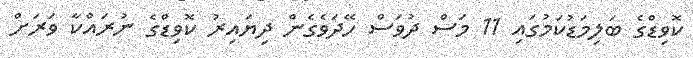
ކޮވިޑްގެ ބަލިމަޑުކަމުގައި 11 މަސް ދުވަސް ހޭދަވެގެން ދިޔައިރު ކޮވިޑްގެ ނުރައްކާ ވަރަށް